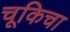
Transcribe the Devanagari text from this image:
चूकिचा